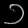
Digit: ၁